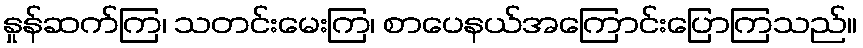
နှုန်ဆက်ကြ၊ သတင်းမေးကြ၊ စာပေနယ်အကြောင်းပြောကြသည်။